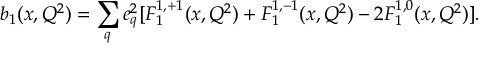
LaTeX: b _ { 1 } ( x , Q ^ { 2 } ) = \sum _ { q } e _ { q } ^ { 2 } [ F _ { 1 } ^ { 1 , + 1 } ( x , Q ^ { 2 } ) + F _ { 1 } ^ { 1 , - 1 } ( x , Q ^ { 2 } ) - 2 F _ { 1 } ^ { 1 , 0 } ( x , Q ^ { 2 } ) ] \/ .